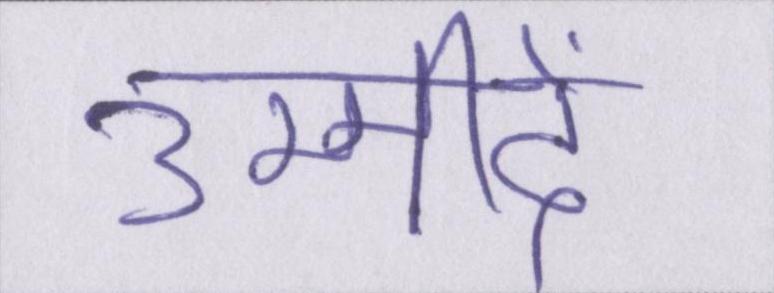
उम्मीदें